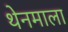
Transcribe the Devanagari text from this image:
थेनमाला